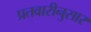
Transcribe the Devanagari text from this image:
प्रतवारीनुसार